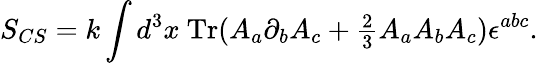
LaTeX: S_{CS}=k\int d^{3}x\ \mathrm{Tr}(A_{a}\partial_{b}A_{c}+{\textstyle{\frac{2}{3}}}A_{a}A_{b}A_{c})\epsilon^{abc}.